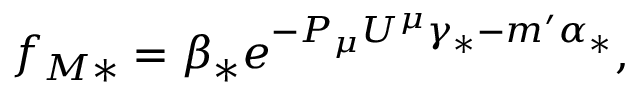
f _ { M \ast } = \beta _ { \ast } e ^ { - P _ { \mu } U ^ { \mu } \gamma _ { \ast } - m ^ { \prime } \alpha _ { \ast } } ,